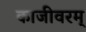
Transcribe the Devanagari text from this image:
काजीवरम्